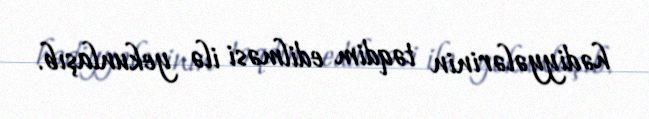
hədiyyələrinin təqdim edilməsi ilə yekunlaşıb.